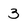
Character: 3